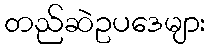
တည်ဆဲဥပဒေများ